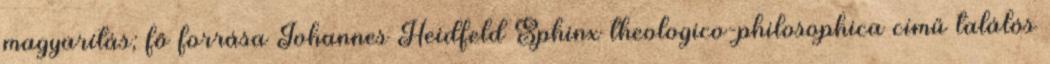
magyarítás; fő forrása Johannes Heidfeld Sphinx theologico-philosophica című találós